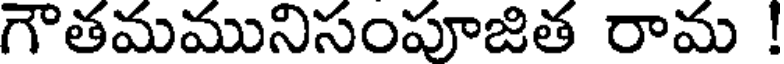
గౌతమమునిసంపూజిత రామ !